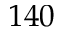
1 4 0